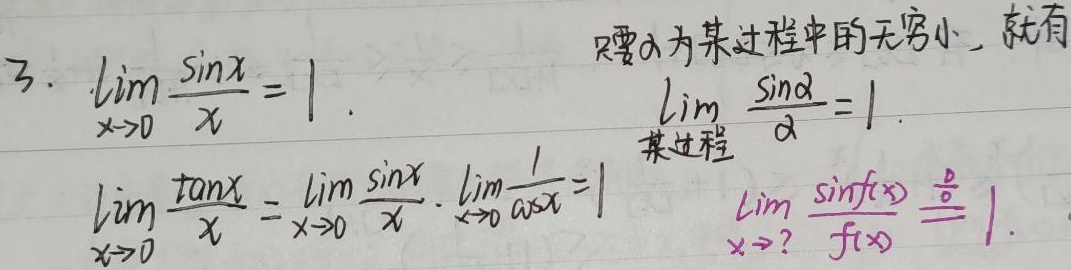
3. \(\lim_{x \to 0}\frac{\sin x}{x} = 1\)。只要\(\alpha\)为某过程中的无穷小，就有\(\lim_{\text{某过程}}\frac{\sin\alpha}{\alpha}=1\)。

\(\lim_{x \to 0}\frac{\tan x}{x} = \lim_{x \to 0}\frac{\sin x}{x}\cdot\lim_{x \to 0}\frac{1}{\cos x}=1\)

\(\lim_{x \to?}\frac{\sin f(x)}{f(x)}\overset{\frac{0}{0}}{=}1\)